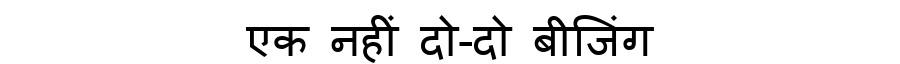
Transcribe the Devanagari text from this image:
एक नहीं दो-दो बीजिंग